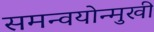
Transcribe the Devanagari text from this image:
समन्वयोन्मुखी